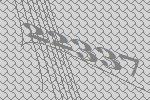
22337